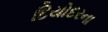
દિયોદરના